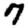
Digit: 7